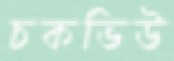
চকভিউ